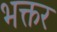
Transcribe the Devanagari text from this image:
भक्तर